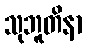
သုဘူတိနာ